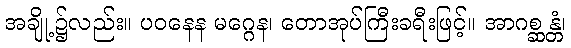
အချို့၌လည်း။ ပဝနေန မဂ္ဂေန၊ တောအုပ်ကြီးခရီးဖြင့်။ အာဂစ္ဆန္တံ၊